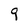
Character: 9